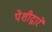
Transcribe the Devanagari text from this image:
पेशीद्वारे